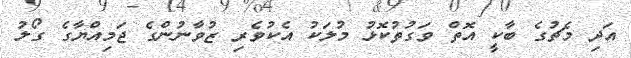
އަދި މެޗުގެ ބާކީ އޮތް ވަގުތުކޮޅު މުލަކު އެކުވެރި ޒުވާނުންގެ ޖަމިއްޔާގެ ގޯލު